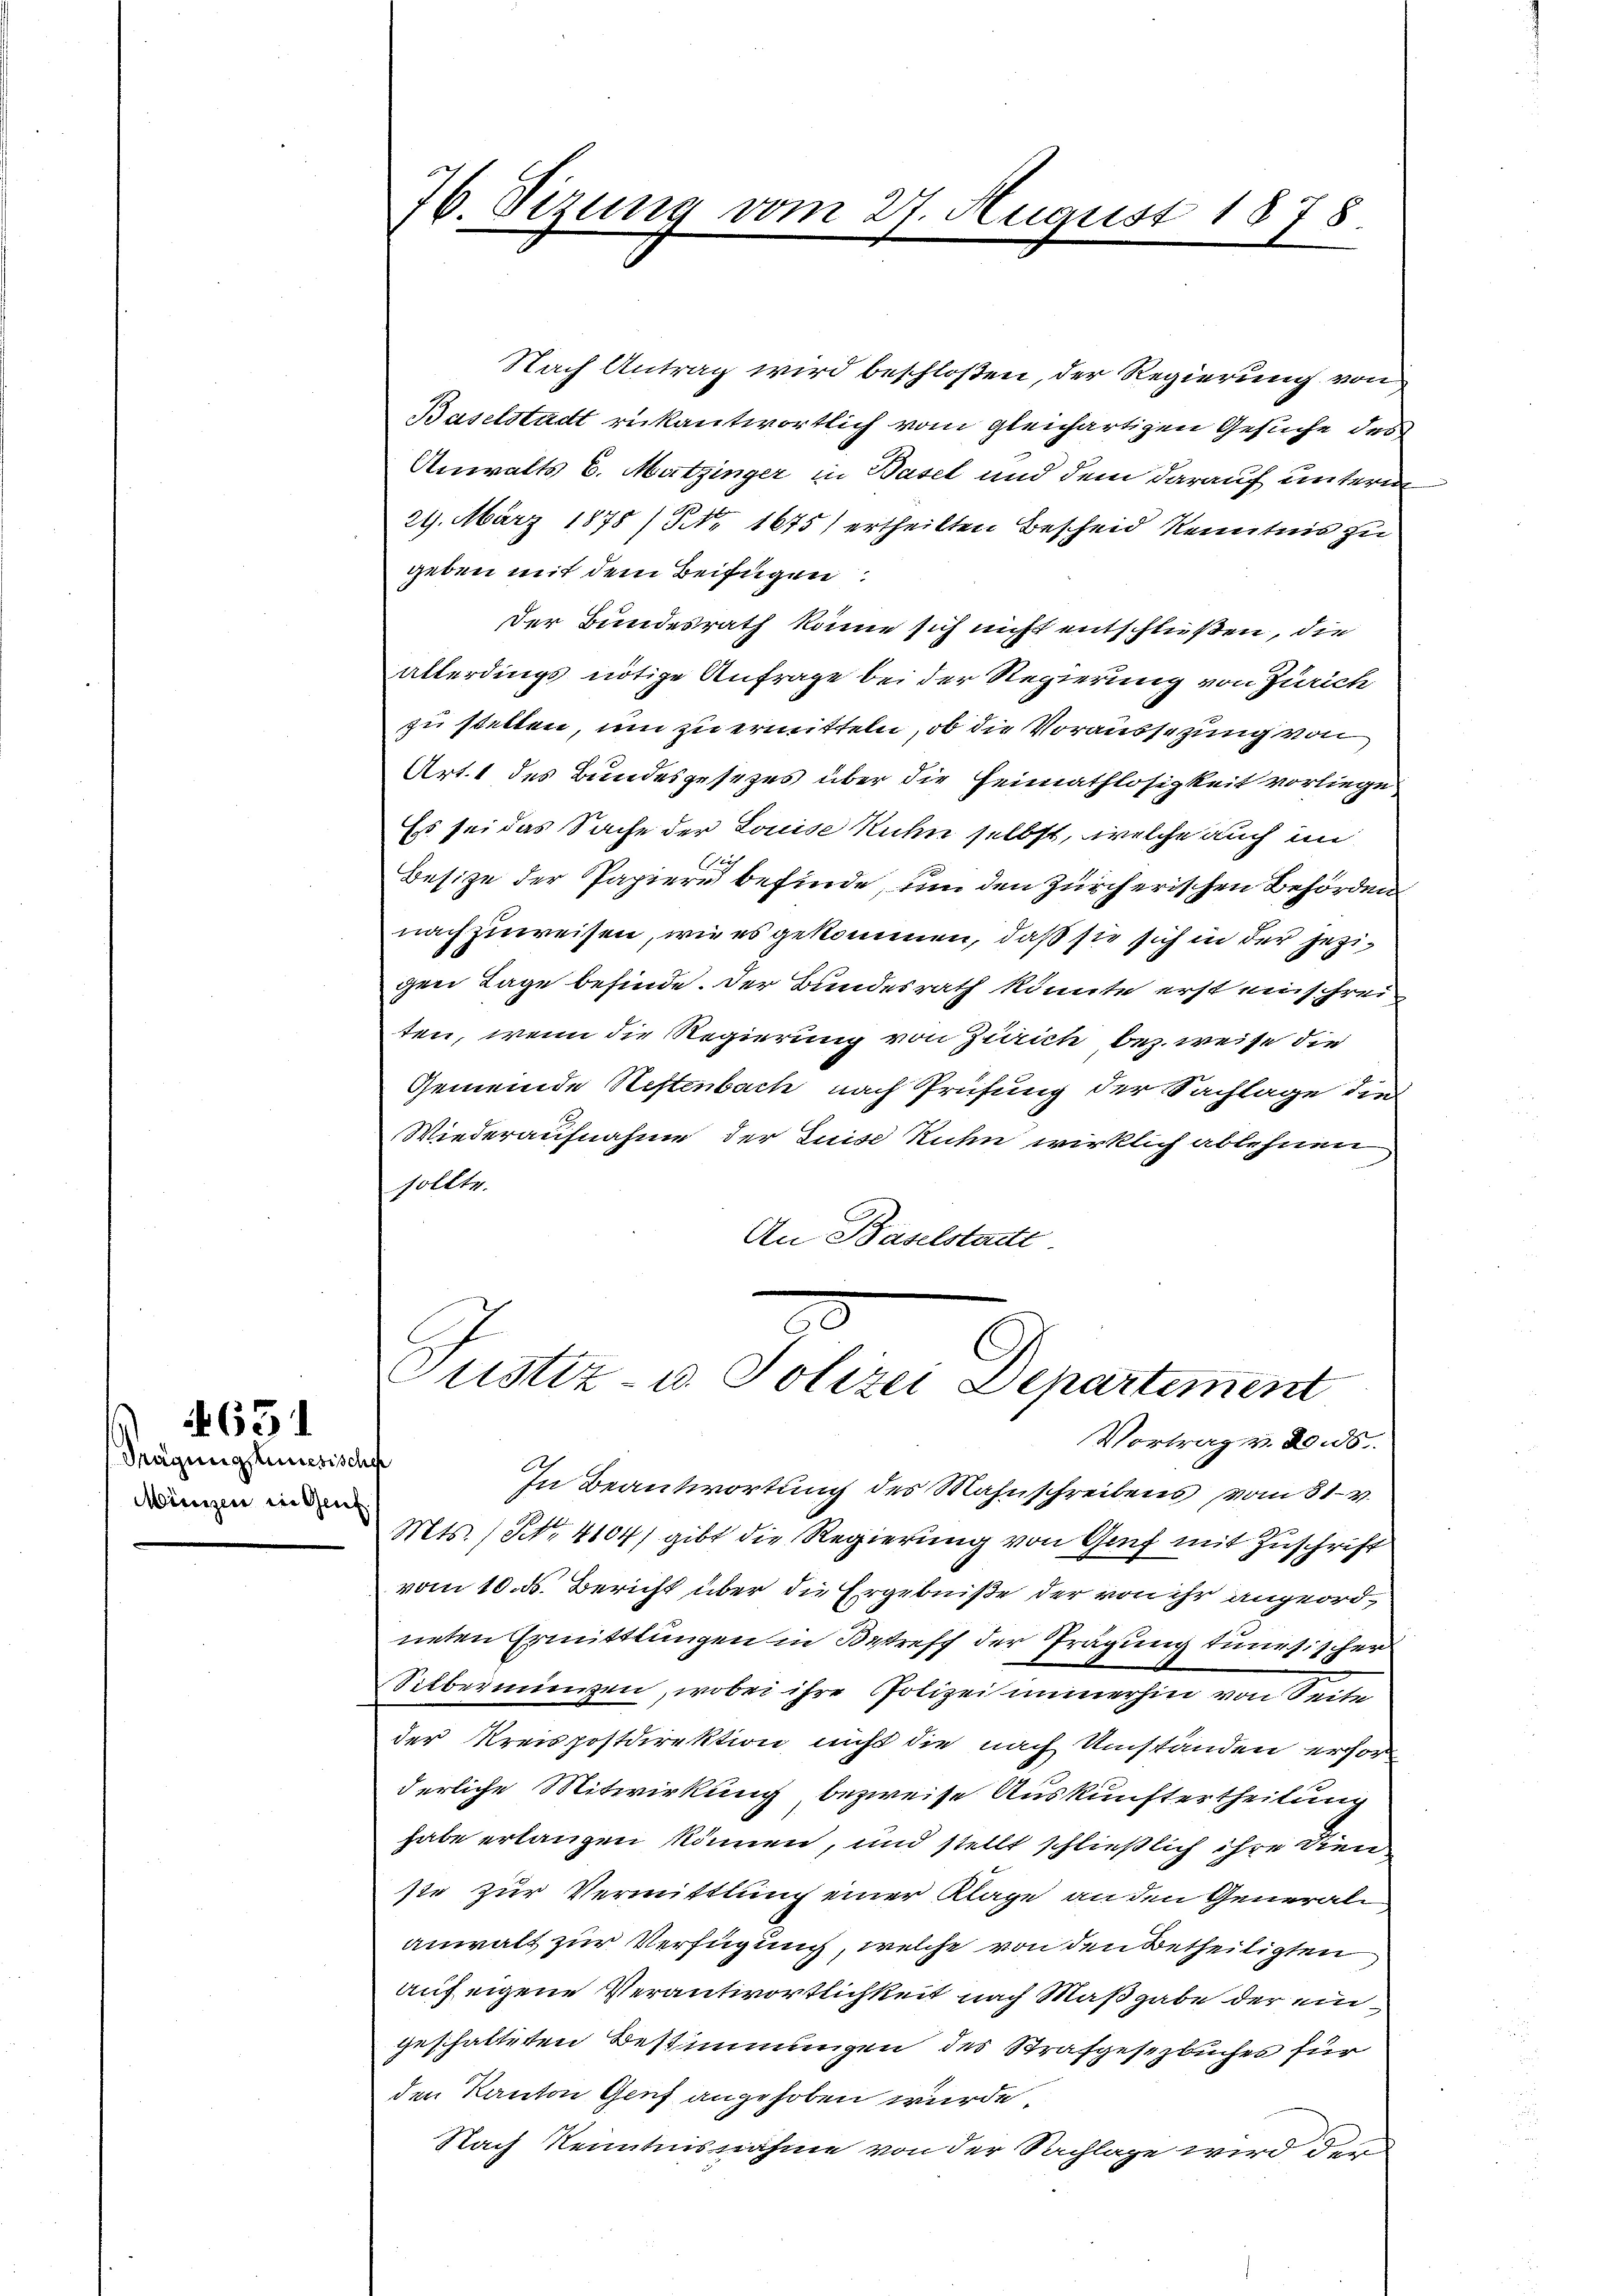
631

Tragung seinesisch
Minzen in Genf

76. Sizung vom 27. August 1878.

Nach Antrag wird beschloßen, der Regierung von
Baselstadt rükantwortlich vom gleichartigen Gesuche des
Anwalts 6. Matzinger in Basel und dem darauf untern
29. März 1878 / NNo. 1675) ertheilten Bescheid Kenntnis zu
geben mit dem Beifügen:
Der Bundesrath könne sich nicht entschließen, die
allerdings nötige Anfrage bei der Regierung von Zürich
zu stellen, um zu ermitteln, ob die Voraussezung von
Art. 1 des Bundesgesezes über die Heimathlosigkeit vorliege
Es sei das Sache der Louise Kuhn selbst, welche auch im
A
Besize der Papiere befinde, um den Zürcherischen Behörden
nachzuweisen, wie es gekommen, daß sie sich in der jezigen Lage befinde. Der Bundesrath könnte erst einschrei
ten, wenn die Regierung von Zürich bez. weise die
Gemeinde Neftenbach nach Prüfung der Sachlage die
Wiederaufnahme der Luise Ruhn wirklich ablehnen
sollte.
An Baselstadtt
Custiz- u. Polizei Departement
Vortrag v. 20. ds.
¬
In Beantwortung des Mahnschreibens vom 31. v.
Mts. No. 4104) gibt die Regierung von Genf mit Zuschrift
vom 10. ds. Bericht über die Ergebniße der von ihr angeordneten Ermittlungen in Betreff der Tragung tunesischer
Silbernungen, wobei ihre Polizei immerhin Seite
der Kreispostdirektion nicht die nach Umständen erforderliche Mitwirkung bezweise Auskunftertheilung
habe erlangen können, und stellt schließlich ihre dien
ste zur Vermittlung einer Klage an den Generali
anwalt zur Verfügung, welche von den Betheiligten
auf eigene Verantwortlichkeit nach Maßgabe der eingeschatteten Bestimmungen des Strafgesezbuches für
den Kanton Genf angehoben wurde
Nach Reitensnahme von der Sachlage wird der